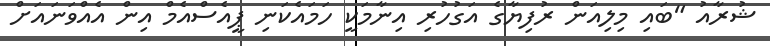
ޝުރާއު "ބައި މިލިއަން ރުފިޔާގެ އަގުހުރި އިނާމަކީ ހަމައެކަނި ޕީއެސްއެމް އިން އެއްވަނައަށް